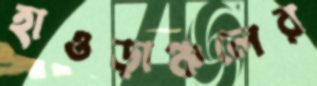
হাওড়াঞ্চলের